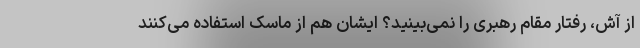
از آش، رفتار مقام رهبری را نمی‌بینید؟ ایشان هم از ماسک استفاده می‌کنند